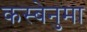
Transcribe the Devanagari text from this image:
कस्बेनुमा